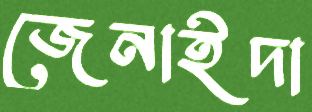
জেনাইদা